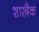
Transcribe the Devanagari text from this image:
शास्त्रैक